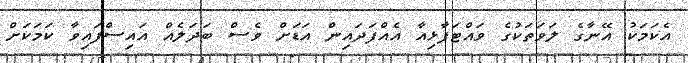
އެކަމަކު އޭނާގެ ލަވަތަކުގެ ވައްޓަފާޅިއާ އެއްފަދައިން އަޑަށް ވެސް ބަދަލެއް އައިސްފައިވާ ކަމަކަށް